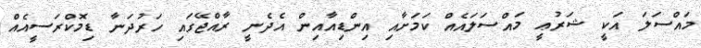
މައްސަލަ އަކީ ޝަރުޢީ މައްސަލައެއް ކަމަށާއި އިންޑިއާއިން އެދެނީ ރާއްޖޭގައި ހަރުދަނާ ޑިމޮކްރަސީއެއް